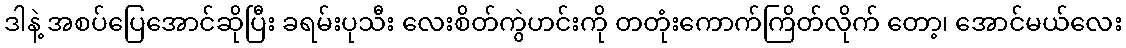
ဒါနဲ့ အစပ်ပြေအောင်ဆိုပြီး ခရမ်းပုသီး လေးစိတ်ကွဲဟင်းကို တတုံးကောက်ကြိတ်လိုက် တော့၊ အောင်မယ်လေး